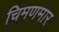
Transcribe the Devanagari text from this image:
चिमणमार